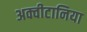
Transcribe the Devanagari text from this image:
अक्वीटानिया